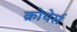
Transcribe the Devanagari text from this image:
क्रोथेर्स